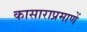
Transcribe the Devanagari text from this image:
कासाराप्रमाणें